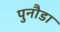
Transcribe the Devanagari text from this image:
पुनौडा